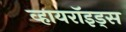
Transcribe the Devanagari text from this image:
व्हायरॉइड्स